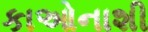
કાઓનાશી